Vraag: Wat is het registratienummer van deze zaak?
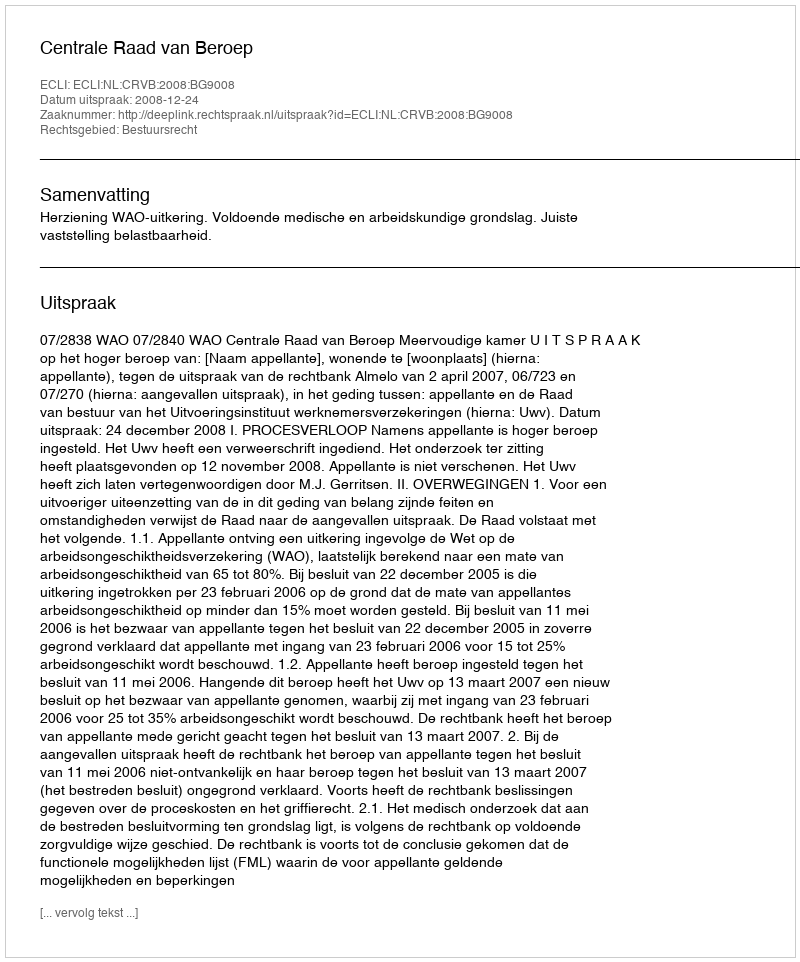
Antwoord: http://deeplink.rechtspraak.nl/uitspraak?id=ECLI:NL:CRVB:2008:BG9008